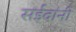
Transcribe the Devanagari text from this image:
सईदांनी